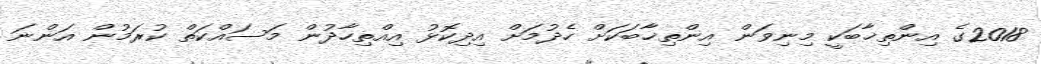
2018ގެ އިންތިޚާބަކީ މިނިވަން އިންތިޚާބަކަށް ހެދުމަށް އިދިކޮޅު އިއްތިހާދުން މަސައްކަތް ކުރަމުން އަންނަ